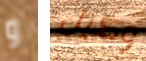
و وكيل